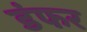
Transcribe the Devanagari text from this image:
डंफर